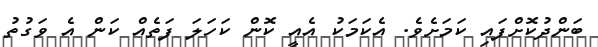
ބަންދުކޮށްފައި ކަމަށެވެ. އެކަމަކު އެއީ ކޮން ކަހަލަ ފަތެއް ކަން އެ ވަގުތު